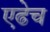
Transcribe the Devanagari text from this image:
एढेच